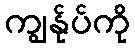
ကျွန်ုပ်ကို